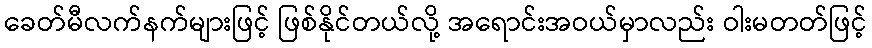
ခေတ်မီလက်နက်များဖြင့် ဖြစ်နိုင်တယ်လို့ အရောင်းအဝယ်မှာလည်း ဝါးမတတ်ဖြင့်